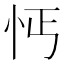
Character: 𢗙